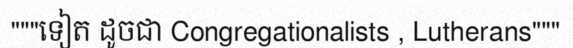
"""ទៀត ដូចជា Congregationalists , Lutherans"""